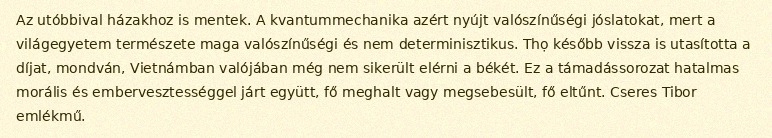
Az utóbbival házakhoz is mentek. A kvantummechanika azért nyújt valószínűségi jóslatokat, mert a világegyetem természete maga valószínűségi és nem determinisztikus. Thọ később vissza is utasította a díjat, mondván, Vietnámban valójában még nem sikerült elérni a békét. Ez a támadássorozat hatalmas morális és embervesztességgel járt együtt, fő meghalt vagy megsebesült, fő eltűnt. Cseres Tibor emlékmű.